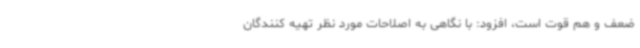
ضعف و هم قوت است، افزود: با نگاهی به اصلاحات مورد نظر تهیه کنندگان